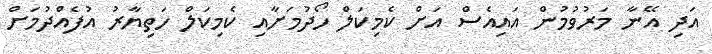
އަދި އޭނާ މަރުވުމުން އައިއެސް އަށް ކެމިކަލް ހޯދުމަށާއި ކެމިކަލް ހަތިޔާރު އުފެއްދުމަށް